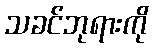
သခင်ဘုရားကို